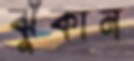
ঝুঁকান